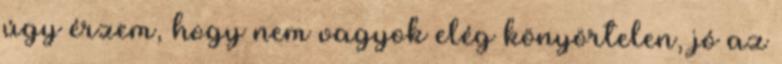
úgy érzem, hogy nem vagyok elég könyörtelen, jó az